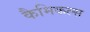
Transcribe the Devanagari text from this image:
कैमिकल्‍स